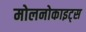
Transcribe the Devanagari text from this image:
मोलनोकाइट्स